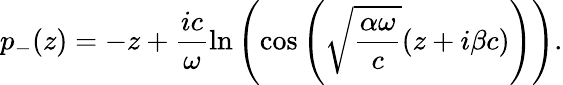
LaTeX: p_{-}(z)=-z+\frac{ic}{\omega}\ln\left(\cos\left(\sqrt{\frac{\alpha\omega}{c}}(z+i\beta c)\right)\right).